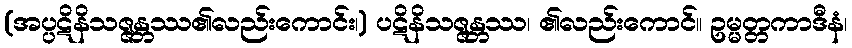
(အပ္ပဋိနိသဇ္ဇန္တဿ၏လည်းကောင်း၊) ပဋိနိသဇ္ဇန္တဿ၊ ၏လည်းကောင်။ ဥမ္မတ္တကာဒီနံ၊